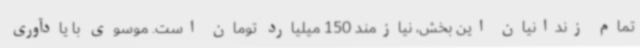
تمام زندانیان این بخش، نیازمند 150 میلیارد تومان است. موسوی با یادآوری